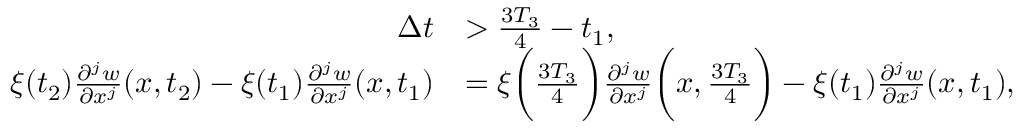
\begin{array} { r l } { \Delta t } & { > \frac { 3 T _ { 3 } } { 4 } - t _ { 1 } , } \\ { \xi ( t _ { 2 } ) \frac { \partial ^ { j } w } { \partial x ^ { j } } ( x , t _ { 2 } ) - \xi ( t _ { 1 } ) \frac { \partial ^ { j } w } { \partial x ^ { j } } ( x , t _ { 1 } ) } & { = \xi \bigg ( \frac { 3 T _ { 3 } } { 4 } \bigg ) \frac { \partial ^ { j } w } { \partial x ^ { j } } \bigg ( x , \frac { 3 T _ { 3 } } { 4 } \bigg ) - \xi ( t _ { 1 } ) \frac { \partial ^ { j } w } { \partial x ^ { j } } ( x , t _ { 1 } ) , } \end{array}